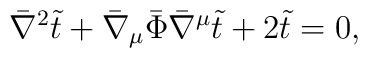
\bar \nabla^2 \tilde t + \bar \nabla_\mu \bar \Phi \bar \nabla^\mu \tilde t+ 2 \tilde t = 0,